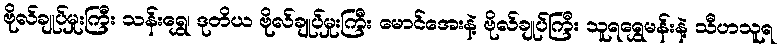
ဗိုလ်ချုပ်မှုးကြီး သန်းရွှေ၊ ဒုတိယ ဗိုလ်ချုပ်မှုးကြီး မောင်အေးနဲ့ ဗိုလ်ချုပ်ကြီး သူရရွှေမန်းနဲ့ သီဟသူရ